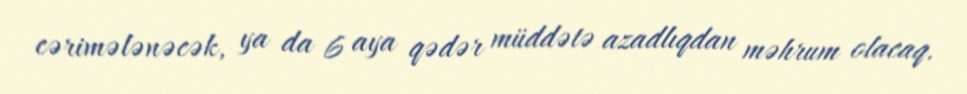
cərimələnəcək, ya da 6 aya qədər müddətə azadlıqdan məhrum olacaq.